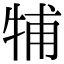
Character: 𤙭